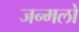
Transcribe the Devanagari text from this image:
जन्मलो